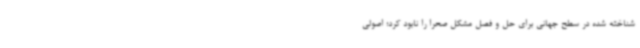
شناخته شده در سطح جهانی برای حل و فصل مشکل صحرا را نابود کرد؛ اصولی